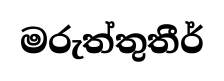
මරුත්තුතීර්